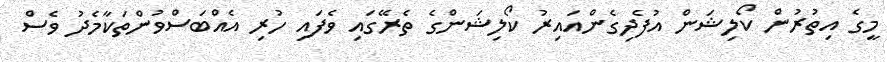
މީގެ އިތުރުން ކޯލިޝަން އުފެދިގެންއައިރު ކޯލިޝަންގެ ތެރޭގައި ވެފައި ހުރި އެއްބަސްވުންތަކާމެދު ވެސް